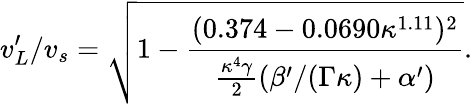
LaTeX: {v_{L}^{\prime}}/{v_{s}}=\sqrt{1-\frac{(0.374-0.0690\kappa^{1.11})^{2}}{\frac{\kappa^{4}\gamma}{2}\left(\beta^{\prime}/(\Gamma\kappa)+\alpha^{\prime}\right)}}.